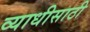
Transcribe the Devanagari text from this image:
व्याधीसाठी